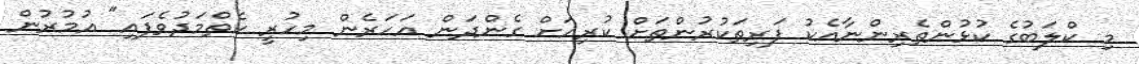
މި ކްލަބުގެ ކުޅުންތެރިންނާއެކު ފަރިތަކުރުންތަށް ކުރިއަށް ގެންދަން އަހަރެން މިހުރީ ކެތްމަދުވެފައި" އުމުރުން